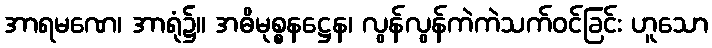
အာရမဏေ၊ အာရုံ၌။ အဓိမုစ္စနဋ္ဌေန၊ လွန်လွန်ကဲကဲသက်ဝင်ခြင်း ဟူသော